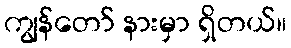
ကျွန်တော် နားမှာ ရှိတယ်။